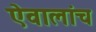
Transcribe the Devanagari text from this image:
ऐवालांच